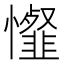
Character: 𢤯